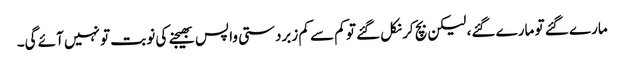
مارے گئے تو مارے گئے، لیکن بچ کر نکل گئے تو کم سے کم زبردستی واپس بھیجنے کی نوبت تو نہیں آئے گی۔